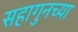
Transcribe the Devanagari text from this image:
सहागुनच्या